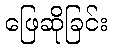
ဖြေဆိုခြင်း